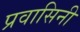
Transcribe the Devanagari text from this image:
प्रवासिनी